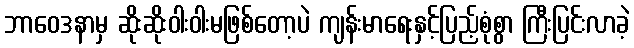
ဘာဝေဒနာမှ ဆိုးဆိုးဝါးဝါးမဖြစ်တော့ပဲ ကျန်းမာရေးနှင့်ပြည့်စုံစွာ ကြီးပြင်းလာခဲ့